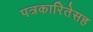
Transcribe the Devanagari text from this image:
पत्रकारितेसह